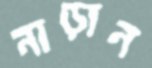
নাড়ান